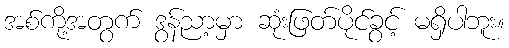
အစ်ကို့အတွက် ဒွန်ညာ့မှာ ဆုံးဖြတ်ပိုင်ခွင့် မရှိပါဘူး။